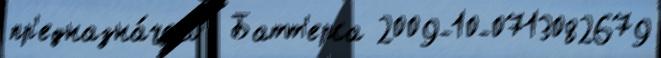
пр'едназна́чено  Батт'ерса 2009-10-0713082679